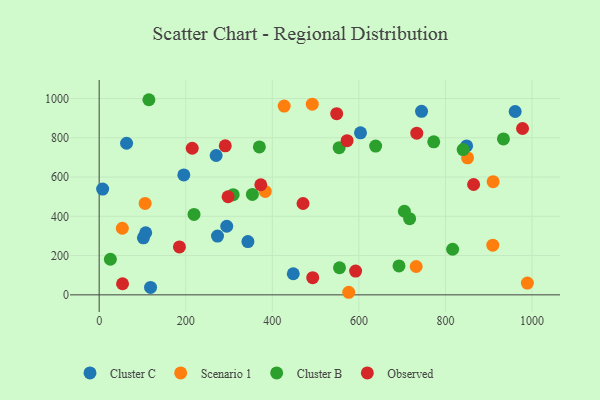
{"axis": {"x": "Distance", "y": "Salary"}, "legend": ["Cluster B", "Cluster C", "Observed", "Scenario 1"], "data": [{"x": "744.7", "y": 934.6, "type": "Cluster C"}, {"x": "961.0", "y": 933.7, "type": "Cluster C"}, {"x": "273.4", "y": 299.4, "type": "Cluster C"}, {"x": "8.0", "y": 538.6, "type": "Cluster C"}, {"x": "343.6", "y": 271.3, "type": "Cluster C"}, {"x": "195.6", "y": 610.8, "type": "Cluster C"}, {"x": "102.2", "y": 290.3, "type": "Cluster C"}, {"x": "63.3", "y": 772.1, "type": "Cluster C"}, {"x": "107.5", "y": 316.3, "type": "Cluster C"}, {"x": "118.7", "y": 38.0, "type": "Cluster C"}, {"x": "848.8", "y": 758.5, "type": "Cluster C"}, {"x": "603.7", "y": 825.1, "type": "Cluster C"}, {"x": "448.4", "y": 107.4, "type": "Cluster C"}, {"x": "270.2", "y": 709.6, "type": "Cluster C"}, {"x": "294.7", "y": 349.3, "type": "Cluster C"}, {"x": "909.3", "y": 253.0, "type": "Scenario 1"}, {"x": "851.0", "y": 697.8, "type": "Scenario 1"}, {"x": "576.5", "y": 13.1, "type": "Scenario 1"}, {"x": "53.5", "y": 339.3, "type": "Scenario 1"}, {"x": "427.4", "y": 961.3, "type": "Scenario 1"}, {"x": "106.2", "y": 465.8, "type": "Scenario 1"}, {"x": "910.1", "y": 576.4, "type": "Scenario 1"}, {"x": "732.3", "y": 144.3, "type": "Scenario 1"}, {"x": "492.3", "y": 971.0, "type": "Scenario 1"}, {"x": "383.7", "y": 526.5, "type": "Scenario 1"}, {"x": "989.2", "y": 60.0, "type": "Scenario 1"}, {"x": "554.4", "y": 749.8, "type": "Cluster B"}, {"x": "692.6", "y": 147.1, "type": "Cluster B"}, {"x": "933.9", "y": 794.4, "type": "Cluster B"}, {"x": "309.6", "y": 510.3, "type": "Cluster B"}, {"x": "555.2", "y": 138.0, "type": "Cluster B"}, {"x": "370.1", "y": 753.2, "type": "Cluster B"}, {"x": "219.1", "y": 409.6, "type": "Cluster B"}, {"x": "354.0", "y": 511.7, "type": "Cluster B"}, {"x": "25.9", "y": 181.4, "type": "Cluster B"}, {"x": "816.5", "y": 232.2, "type": "Cluster B"}, {"x": "840.8", "y": 740.0, "type": "Cluster B"}, {"x": "638.7", "y": 757.9, "type": "Cluster B"}, {"x": "717.2", "y": 388.0, "type": "Cluster B"}, {"x": "705.1", "y": 425.9, "type": "Cluster B"}, {"x": "114.9", "y": 993.8, "type": "Cluster B"}, {"x": "772.9", "y": 779.4, "type": "Cluster B"}, {"x": "572.7", "y": 785.4, "type": "Observed"}, {"x": "215.0", "y": 746.6, "type": "Observed"}, {"x": "54.0", "y": 56.5, "type": "Observed"}, {"x": "733.7", "y": 823.6, "type": "Observed"}, {"x": "865.0", "y": 561.9, "type": "Observed"}, {"x": "185.4", "y": 243.9, "type": "Observed"}, {"x": "373.4", "y": 560.8, "type": "Observed"}, {"x": "291.3", "y": 759.0, "type": "Observed"}, {"x": "493.3", "y": 87.5, "type": "Observed"}, {"x": "548.7", "y": 922.9, "type": "Observed"}, {"x": "592.4", "y": 121.3, "type": "Observed"}, {"x": "297.8", "y": 499.7, "type": "Observed"}, {"x": "978.0", "y": 847.2, "type": "Observed"}, {"x": "471.0", "y": 465.3, "type": "Observed"}]}